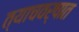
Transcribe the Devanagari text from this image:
त्याचवर्षात